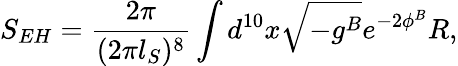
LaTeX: {S_{EH}={\frac{2\pi}{(2\pi l_{S})^{8}}}\int d^{10}x\sqrt{-g^{B}}e^{-2\phi^{B}}R,}